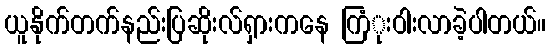
ယူနိုက်တက်နည်းပြဆိုးလ်ရှားကနေ ကြံုးဝါးလာခဲ့ပါတယ်။